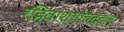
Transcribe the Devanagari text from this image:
रहिवाश्यांबद्दल